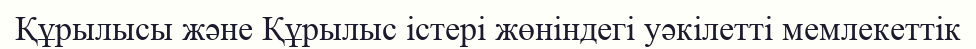
Құрылысы және Құрылыс істері жөніндегі уәкілетті мемлекеттік